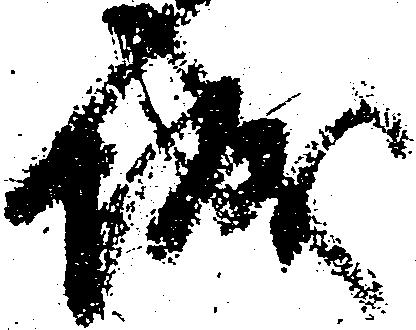
城